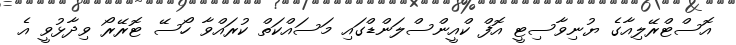
އޮސްޓްރޭލިއާގެ ޔުނިވާސިޓީ އޮފް ކްއީންސްލަންޑްގައި މަސައްކަތް ކުރައްވާ ހޯސޭ ޓޮރޭރޯ ވިދާޅުވީ އެ